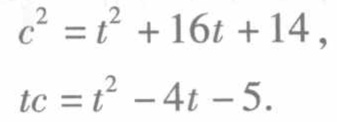
\[
\begin{align*}
c^{2}&=t^{2}+16t + 14,\\
tc&=t^{2}-4t - 5.
\end{align*}
\]